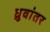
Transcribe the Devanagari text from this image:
ध्रुवांतर